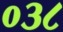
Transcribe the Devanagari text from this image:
०३८